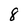
Character: 8